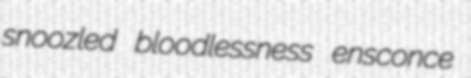
snoozled bloodlessness ensconce